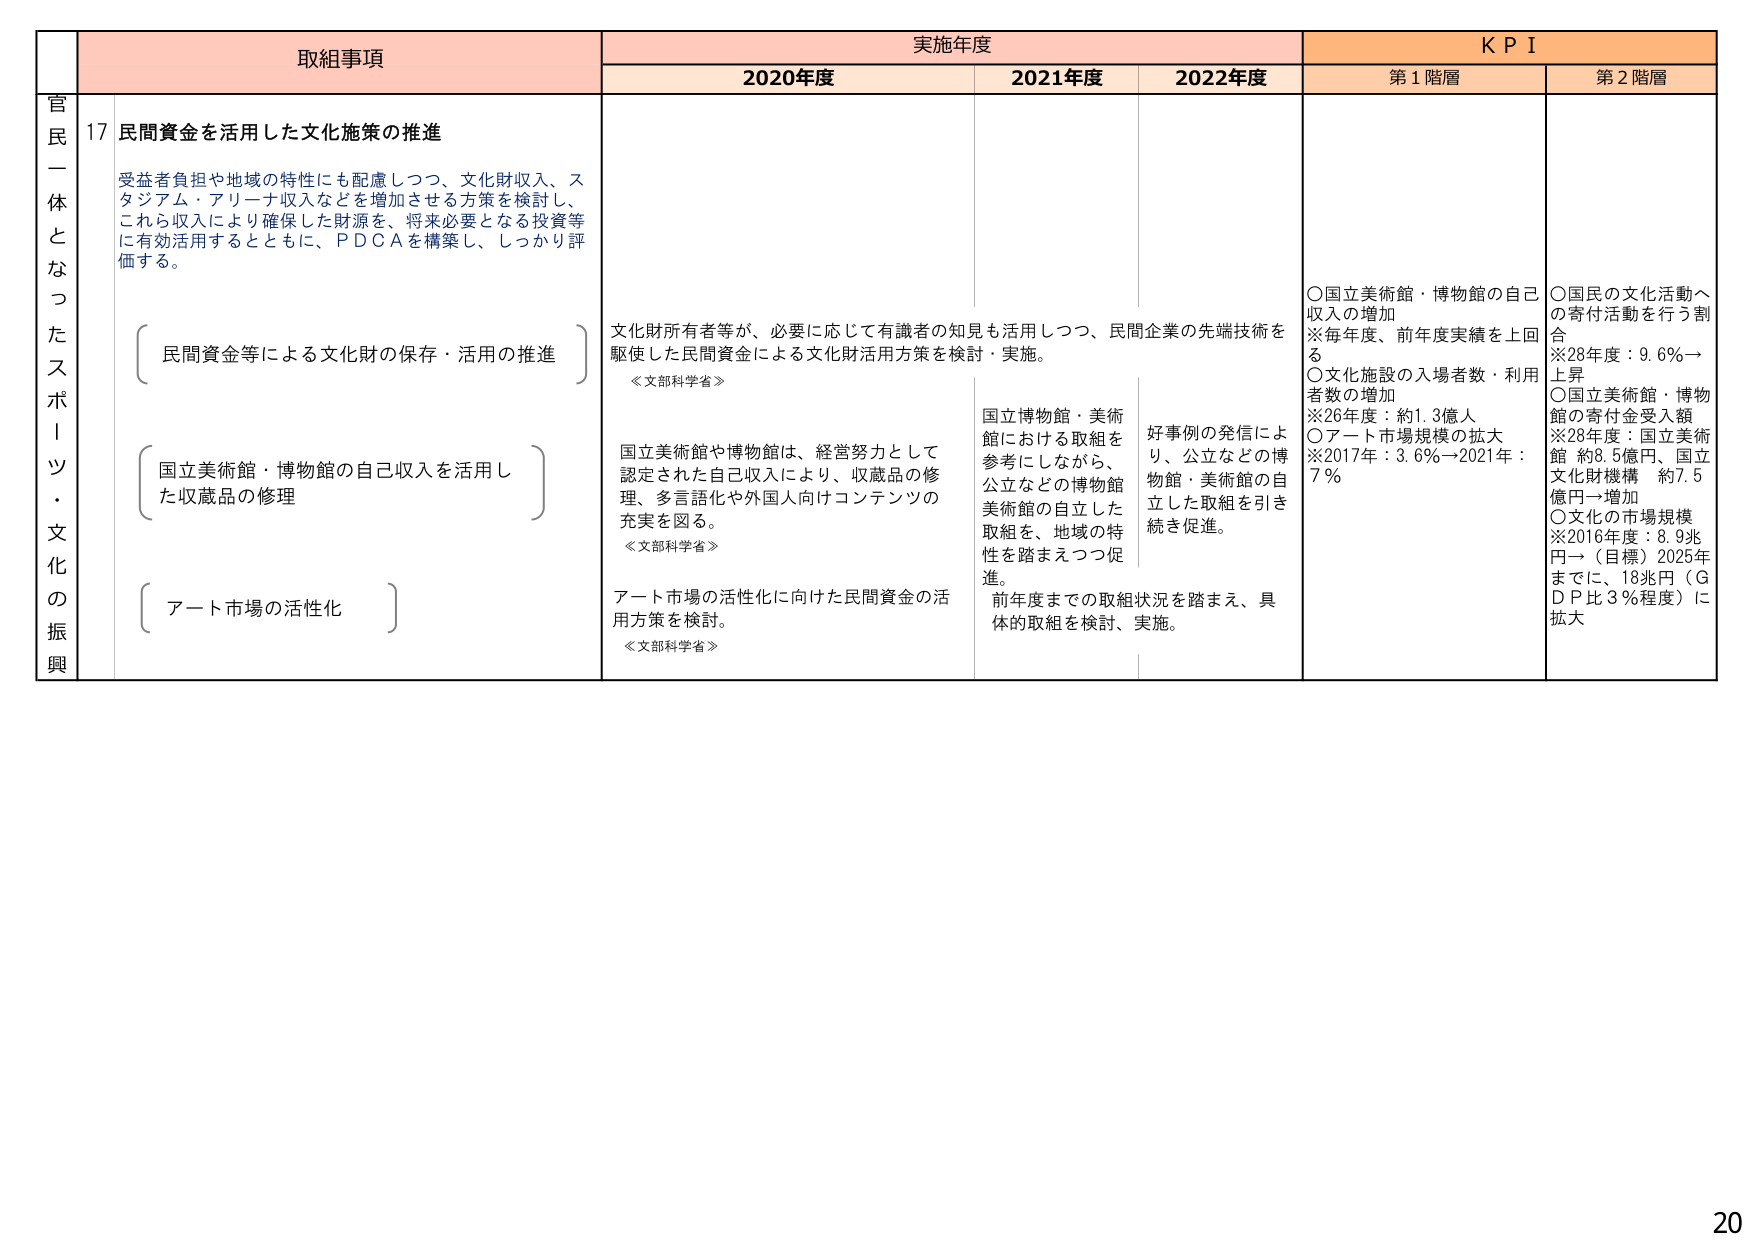
取組事項 実施年度 KPI
2020年度 2021年度 2022年度 第1階層 第2階層

官民一体となったスポーツ・文化の振興
17 民間資金を活用した文化施策の推進
受益者負担や地域の特性にも配慮しつつ、文化財収入、スタジアム・アリーナ収入などを増加させる方策を検討し、これら収入により確保した財源を、将来必要となる投資等に有効活用するとともに、ＰＤＣＡを構築し、しっかり評価する。

（民間資金等による文化財の保存・活用の推進）
（国立美術館・博物館の自己収入を活用した収蔵品の修理）
（アート市場の活性化）

文化財所有者等が、必要に応じて有識者の知見も活用しつつ、民間企業の先端技術を駆使した民間資金による文化財活用方策を検討・実施。
《文部科学省》

国立美術館や博物館は、経営努力として認定された自己収入により、収蔵品の修理、多言語化や外国人向けコンテンツの充実を図る。
《文部科学省》

アート市場の活性化に向けた民間資金の活用方策を検討。
《文部科学省》

国立博物館・美術館における取組を参考にしながら、公立などの博物館美術館の自立した取組を、地域の特性を踏まえつつ促進。
前年度までの取組状況を踏まえ、具体的取組を検討、実施。

好事例の発信により、公立などの博物館・美術館の自立した取組を引き続き促進。

○国立美術館・博物館の自己収入の増加
※毎年度、前年度実績を上回る
○文化施設の入場者数・利用者数の増加
※26年度：約1.3億人
○アート市場規模の拡大
※2017年：3.6％→2021年：7％

○国民の文化活動への寄付活動を行う割合
※28年度：9.6％→上昇
○国立美術館・博物館の寄付金受入額
※28年度：国立美術館 約8.5億円、国立文化財機構 約7.5億円→増加
○文化の市場規模
※2016年度：8.9兆円→（目標）2025年までに、18兆円（ＧＤＰ比3％程度）に拡大

20